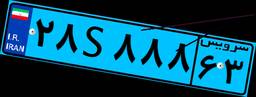
۲۸S۸۸۸۶۳